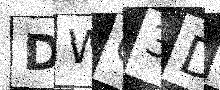
Text: DWC3DA